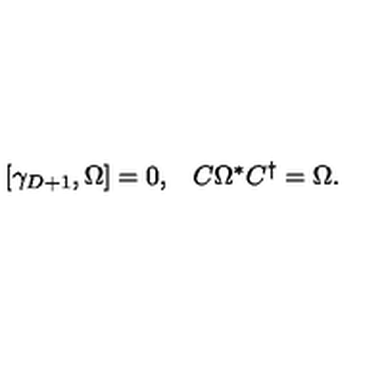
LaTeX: \begin{array} { c c } { [ \gamma _ { D + 1 } , \Omega ] = 0 , } & { C \Omega ^ { \ast } C ^ { \dagger } = \Omega . } \\ \end{array}